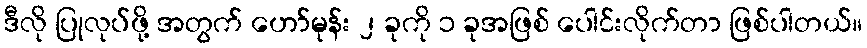
ဒီလို ပြုလုပ်ဖို့ အတွက် ဟော်မုန်း ၂ ခုကို ၁ ခုအဖြစ် ပေါင်းလိုက်တာ ဖြစ်ပါတယ်။